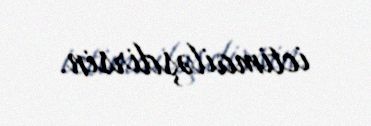
ictimailəşdirsin.